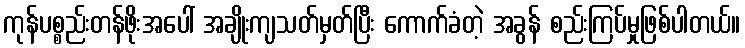
ကုန်ပစ္စည်းတန်ဖိုးအပေါ် အချိုးကျသတ်မှတ်ပြီး ကောက်ခံတဲ့ အခွန် စည်းကြပ်မှုဖြစ်ပါတယ်။